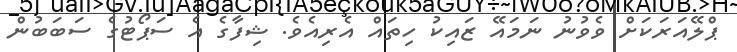
ޕްލޭއަރަކަށް ވެވުނު ނަމައޭ ޒައިކު ހިތައް އެރިއެވެ. ޝިފާގެ އެ ސަޕޯޓުގެ ސަބަބުން